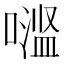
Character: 𱔬